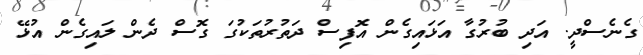
ގެނެސްދީ. އަދި ބުރުގާ އަޅައިގެން އޮފިސް ދަތުރުތަކުގަ ގޮސް ދެން ލައިގެން އުޅޭ